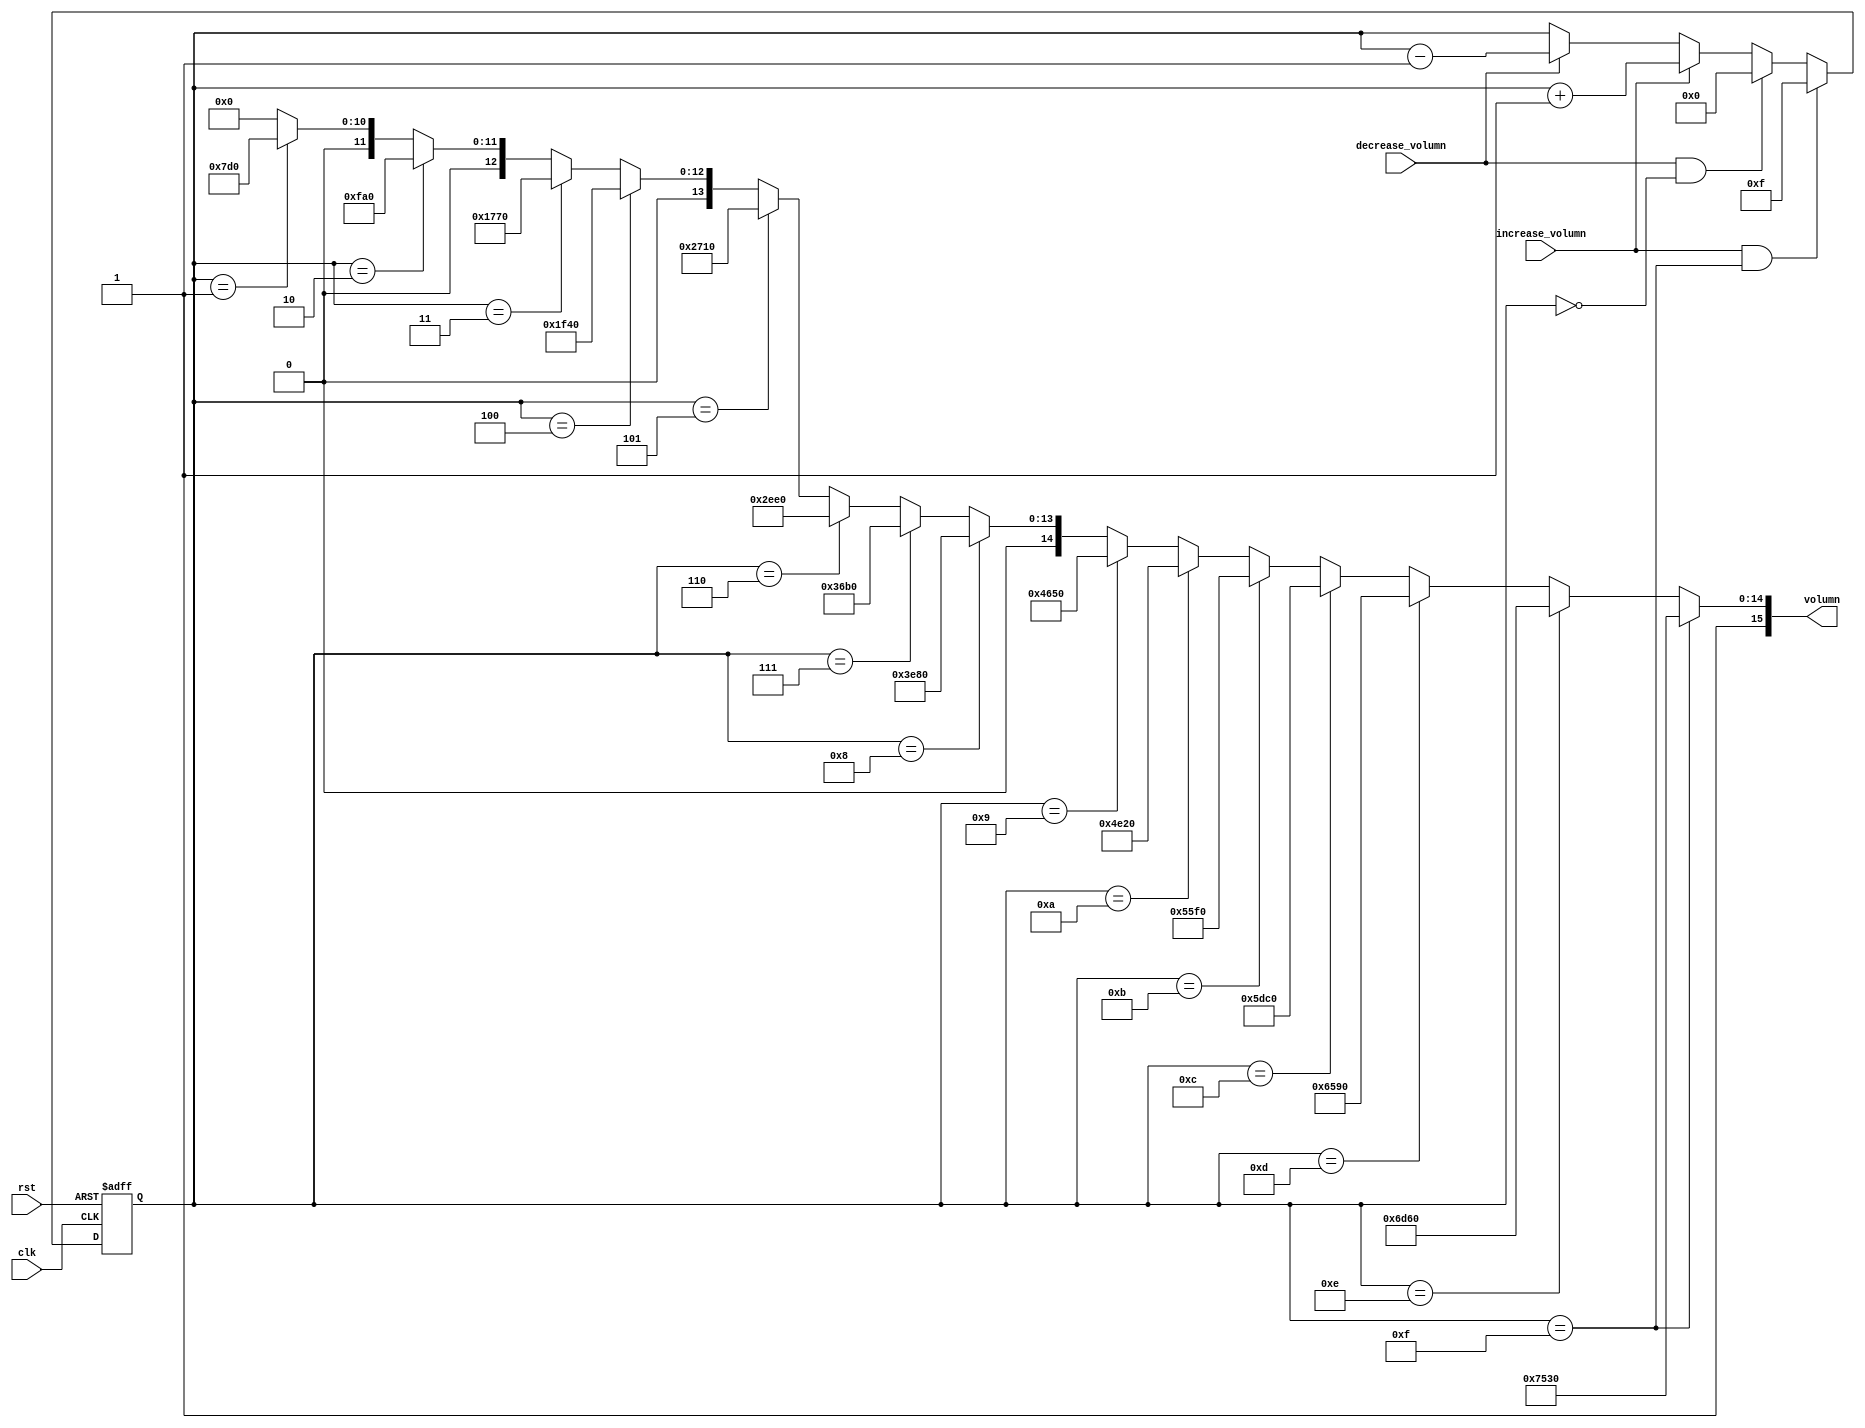
`timescale 1ns / 1ps

//////////////////////////////////////////////////////////////////////////////////
// Company: 
// Engineer: 
// 
// Design Name: 
// Module Name:    prelab 
// Project Name: 
// Target Devices: 
// Tool versions: 
// Description: 
//
// Dependencies: 
//
// Revision: 
// Revision 0.01 - File Created
// Additional Comments: 
//
//////////////////////////////////////////////////////////////////////////////////
module volumn_counter(
	 clk,//global clock
	 rst,//active low reset 
	 volumn,
    increase_volumn,
	 decrease_volumn
    );
	 
	 input increase_volumn,decrease_volumn;
	 output reg [15:0]volumn;
	 input clk;
	 input rst;
	 reg [7:0]volumn_value_tmp;
	 reg[7:0]volumn_value;   
	 
	 //combinational logic
	 
	 always @*
		if(increase_volumn)
			volumn_value_tmp = volumn_value+8'd1;
		else if(decrease_volumn)
			volumn_value_tmp = volumn_value-8'd1;
		else
		   volumn_value_tmp = volumn_value;
		
		 		
	 //flip flops
	 always @(posedge clk or posedge rst)
	 if(rst)
			volumn_value<=8'd0;
	 else if(increase_volumn&&volumn_value==8'd15)
			volumn_value<=4'd15;
	 else if(decrease_volumn&&volumn_value==8'd0)
			volumn_value<=8'd0;
	 else
			volumn_value<=volumn_value_tmp;


	 always@*
	  if(volumn_value==8'd15)
			begin
				volumn=16'h8000+30000;
			end
	  else if(volumn_value==8'd14)
			begin
				volumn=16'h8000+28000;
			end
	  else if(volumn_value==8'd13)
			begin
				volumn=16'h8000+26000;
			end
	  else if(volumn_value==8'd12)
			begin
				volumn=16'h8000+24000;
			end
	  else if(volumn_value==8'd11)
			begin
				volumn=16'h8000+22000;
			end
     else if(volumn_value==8'd10)
			begin
				volumn=16'h8000+20000;
			end			
	  else if(volumn_value==8'd9)
			begin
				volumn=16'h8000+18000;
			end		
	  else if(volumn_value==8'd8)
			begin
				volumn=16'h8000+16000;
			end			
	  else if(volumn_value==8'd7)
			begin
				volumn=16'h8000+14000;
			end	
	  else if(volumn_value==8'd6)
			begin
				volumn=16'h8000+12000;
			end		
	  else if(volumn_value==8'd5)
			begin
				volumn=16'h8000+10000;
			end	
	  else if(volumn_value==8'd4)
			begin
				volumn=16'h8000+8000;
			end	
	  else if(volumn_value==8'd3)
			begin
				volumn=16'h8000+6000;
			end	
	  else if(volumn_value==8'd2)
			begin
				volumn=16'h8000+4000;
			end		
	  else if(volumn_value==8'd1)
			begin
				volumn=16'h8000+2000;
			end	
	  else
				volumn=16'h8000;
	 
	
	 endmodule